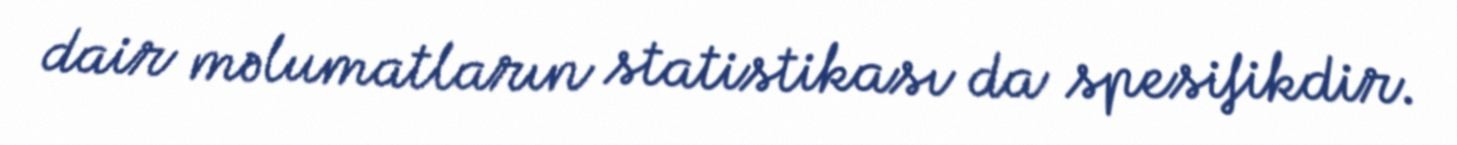
dair məlumatların statistikası da spesifikdir.